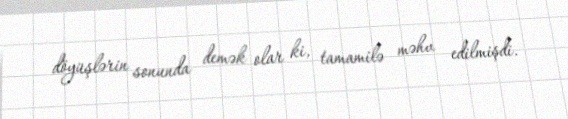
döyüşlərin sonunda demək olar ki, tamamilə məhv edilmişdi.